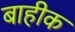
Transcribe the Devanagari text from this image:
बाहीक